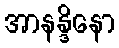
အာနန္ဒိနော